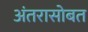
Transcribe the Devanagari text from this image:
अंतरासोबत